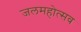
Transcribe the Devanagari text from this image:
जलमहोत्सव